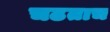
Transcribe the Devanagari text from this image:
चढताच